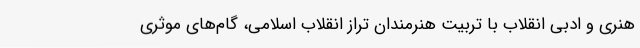
هنری و ادبی انقلاب با تربیت هنرمندان تراز انقلاب اسلامی، گام‌های موثری